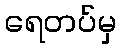
ရေတပ်မှ